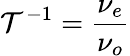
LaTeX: \mathcal{T}^{-1}=\frac{\nu_{e}}{\nu_{o}}